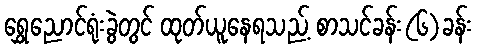
ရွှေညောင်ရုံးခွဲတွင် ထုတ်ယူနေရသည့် စာသင်ခန်း(၆)ခန်း